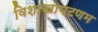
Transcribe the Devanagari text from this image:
विशाखापटणम